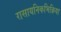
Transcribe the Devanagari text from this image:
रासायनिकभिक्रिया